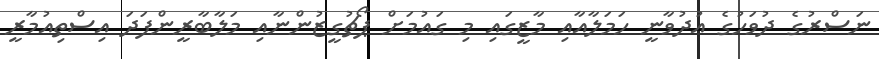
ނަސްރުގެ ދުވަހުގެ އުދުވާނީ ހަމަލާއާއި މާޒީގައި މި ގައުމަށް ޕޯޗުގީޒުންނާއި މަލާބާރީންފަދަ އިސްތިއުމާރީ